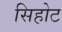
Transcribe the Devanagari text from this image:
सिहोट